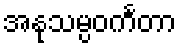
အနုသမ္ပဝင်္ကတာ